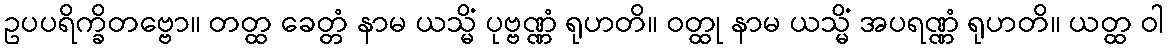
ဥပပရိက္ခိတဗ္ဗော။ တတ္ထ ခေတ္တံ နာမ ယသ္မိံ ပုဗ္ဗဏ္ဏံ ရုဟတိ။ ဝတ္ထု နာမ ယသ္မိံ အပရဏ္ဏံ ရုဟတိ။ ယတ္ထ ဝါ